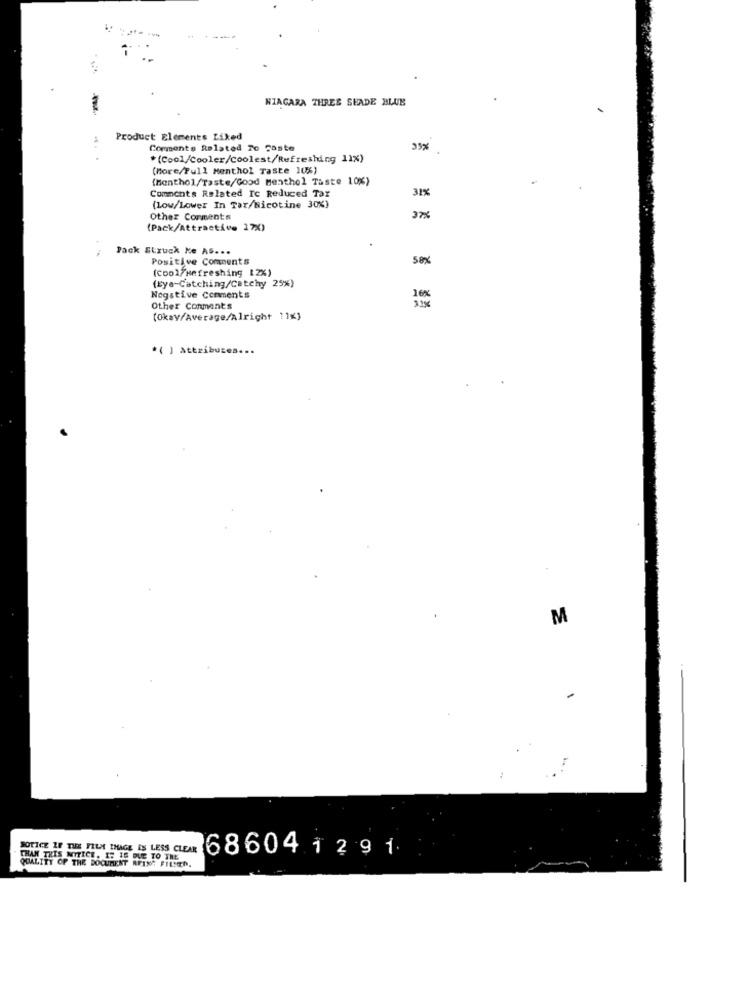
-
NIAGARA THRES SEADE BLUE
Product Elements Liked
Comments Related To Caste
*(Cool/Cooler/coolest/Refreshing 11%)
(More/Full Menthol Taste 10%)
(Monthol/Taste/Good Menthol Taste 10%)
Comments Related Ic Reduced Tax
31%
(Low/Lower In Tar/Nicotine 30%)
Other Comments
37%
(Pack/Attractive 17X)
Pack Struck Ke AS. ..
Positive Comments
(Eye-Catching/Catchy 2
(cool/refreshing [2%)
Negative Comments
318
Other Conments
(Okay/Average/Alright 11%}
* ( ) attributes
M
NOTICE IF THE FILM IMAGE IS LESS CLEAR
686041 2 9 1
QUALITY OF THE DOCUMENT AFING FILSEN.
THAN THIS MITICE. IT IS DUE TO THE